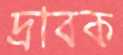
দ্রাবক